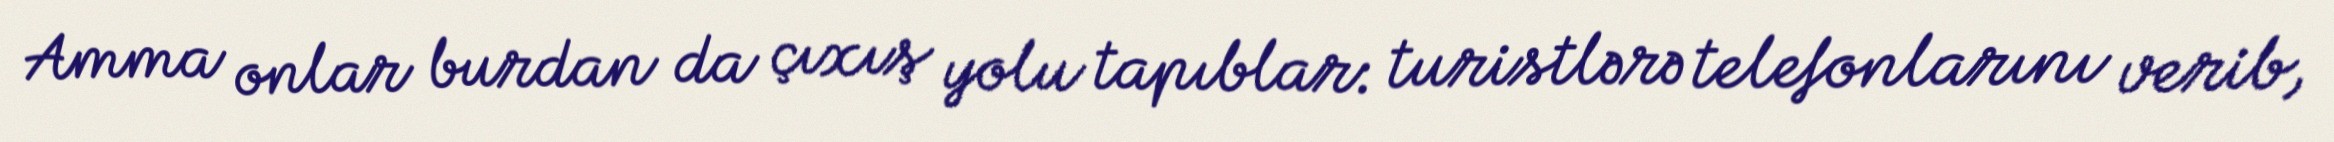
Amma onlar burdan da çıxış yolu tapıblar: turistlərə telefonlarını verib,